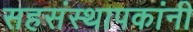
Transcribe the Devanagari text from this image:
सहसंस्थापकांनी